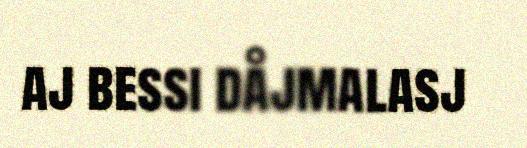
aj bessi dåjmalasj